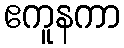
ဧကူနကာ